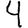
Digit: 4